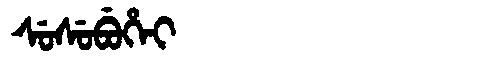
Manchu: ᠰᡠᠰᡠᠪᡠᡥᡝᡳ
Romanization: SUSUBUHEI